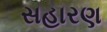
સહારણ